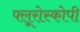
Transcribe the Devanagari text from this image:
फ्लूरोस्कोपी